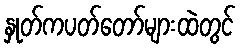
နှုတ်ကပတ်တော်များထဲတွင်